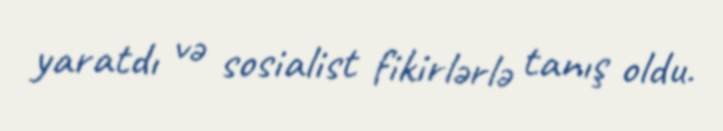
yaratdı və sosialist fikirlərlə tanış oldu.